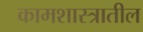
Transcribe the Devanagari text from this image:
कामशास्त्रातील